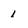
Character: 1